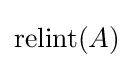
\mathrm {relint} (A)